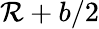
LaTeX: \mathcal{R}+b/2